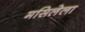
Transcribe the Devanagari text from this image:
मसिलेला